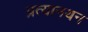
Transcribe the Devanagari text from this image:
प्रत्यानयन